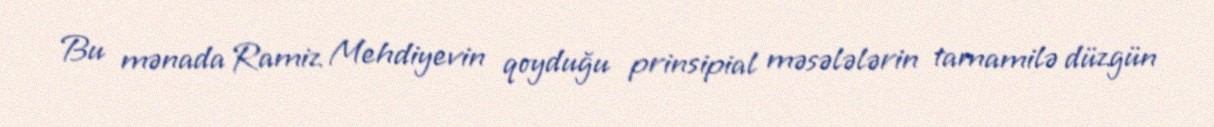
Bu mənada Ramiz Mehdiyevin qoyduğu prinsipial məsələlərin tamamilə düzgün